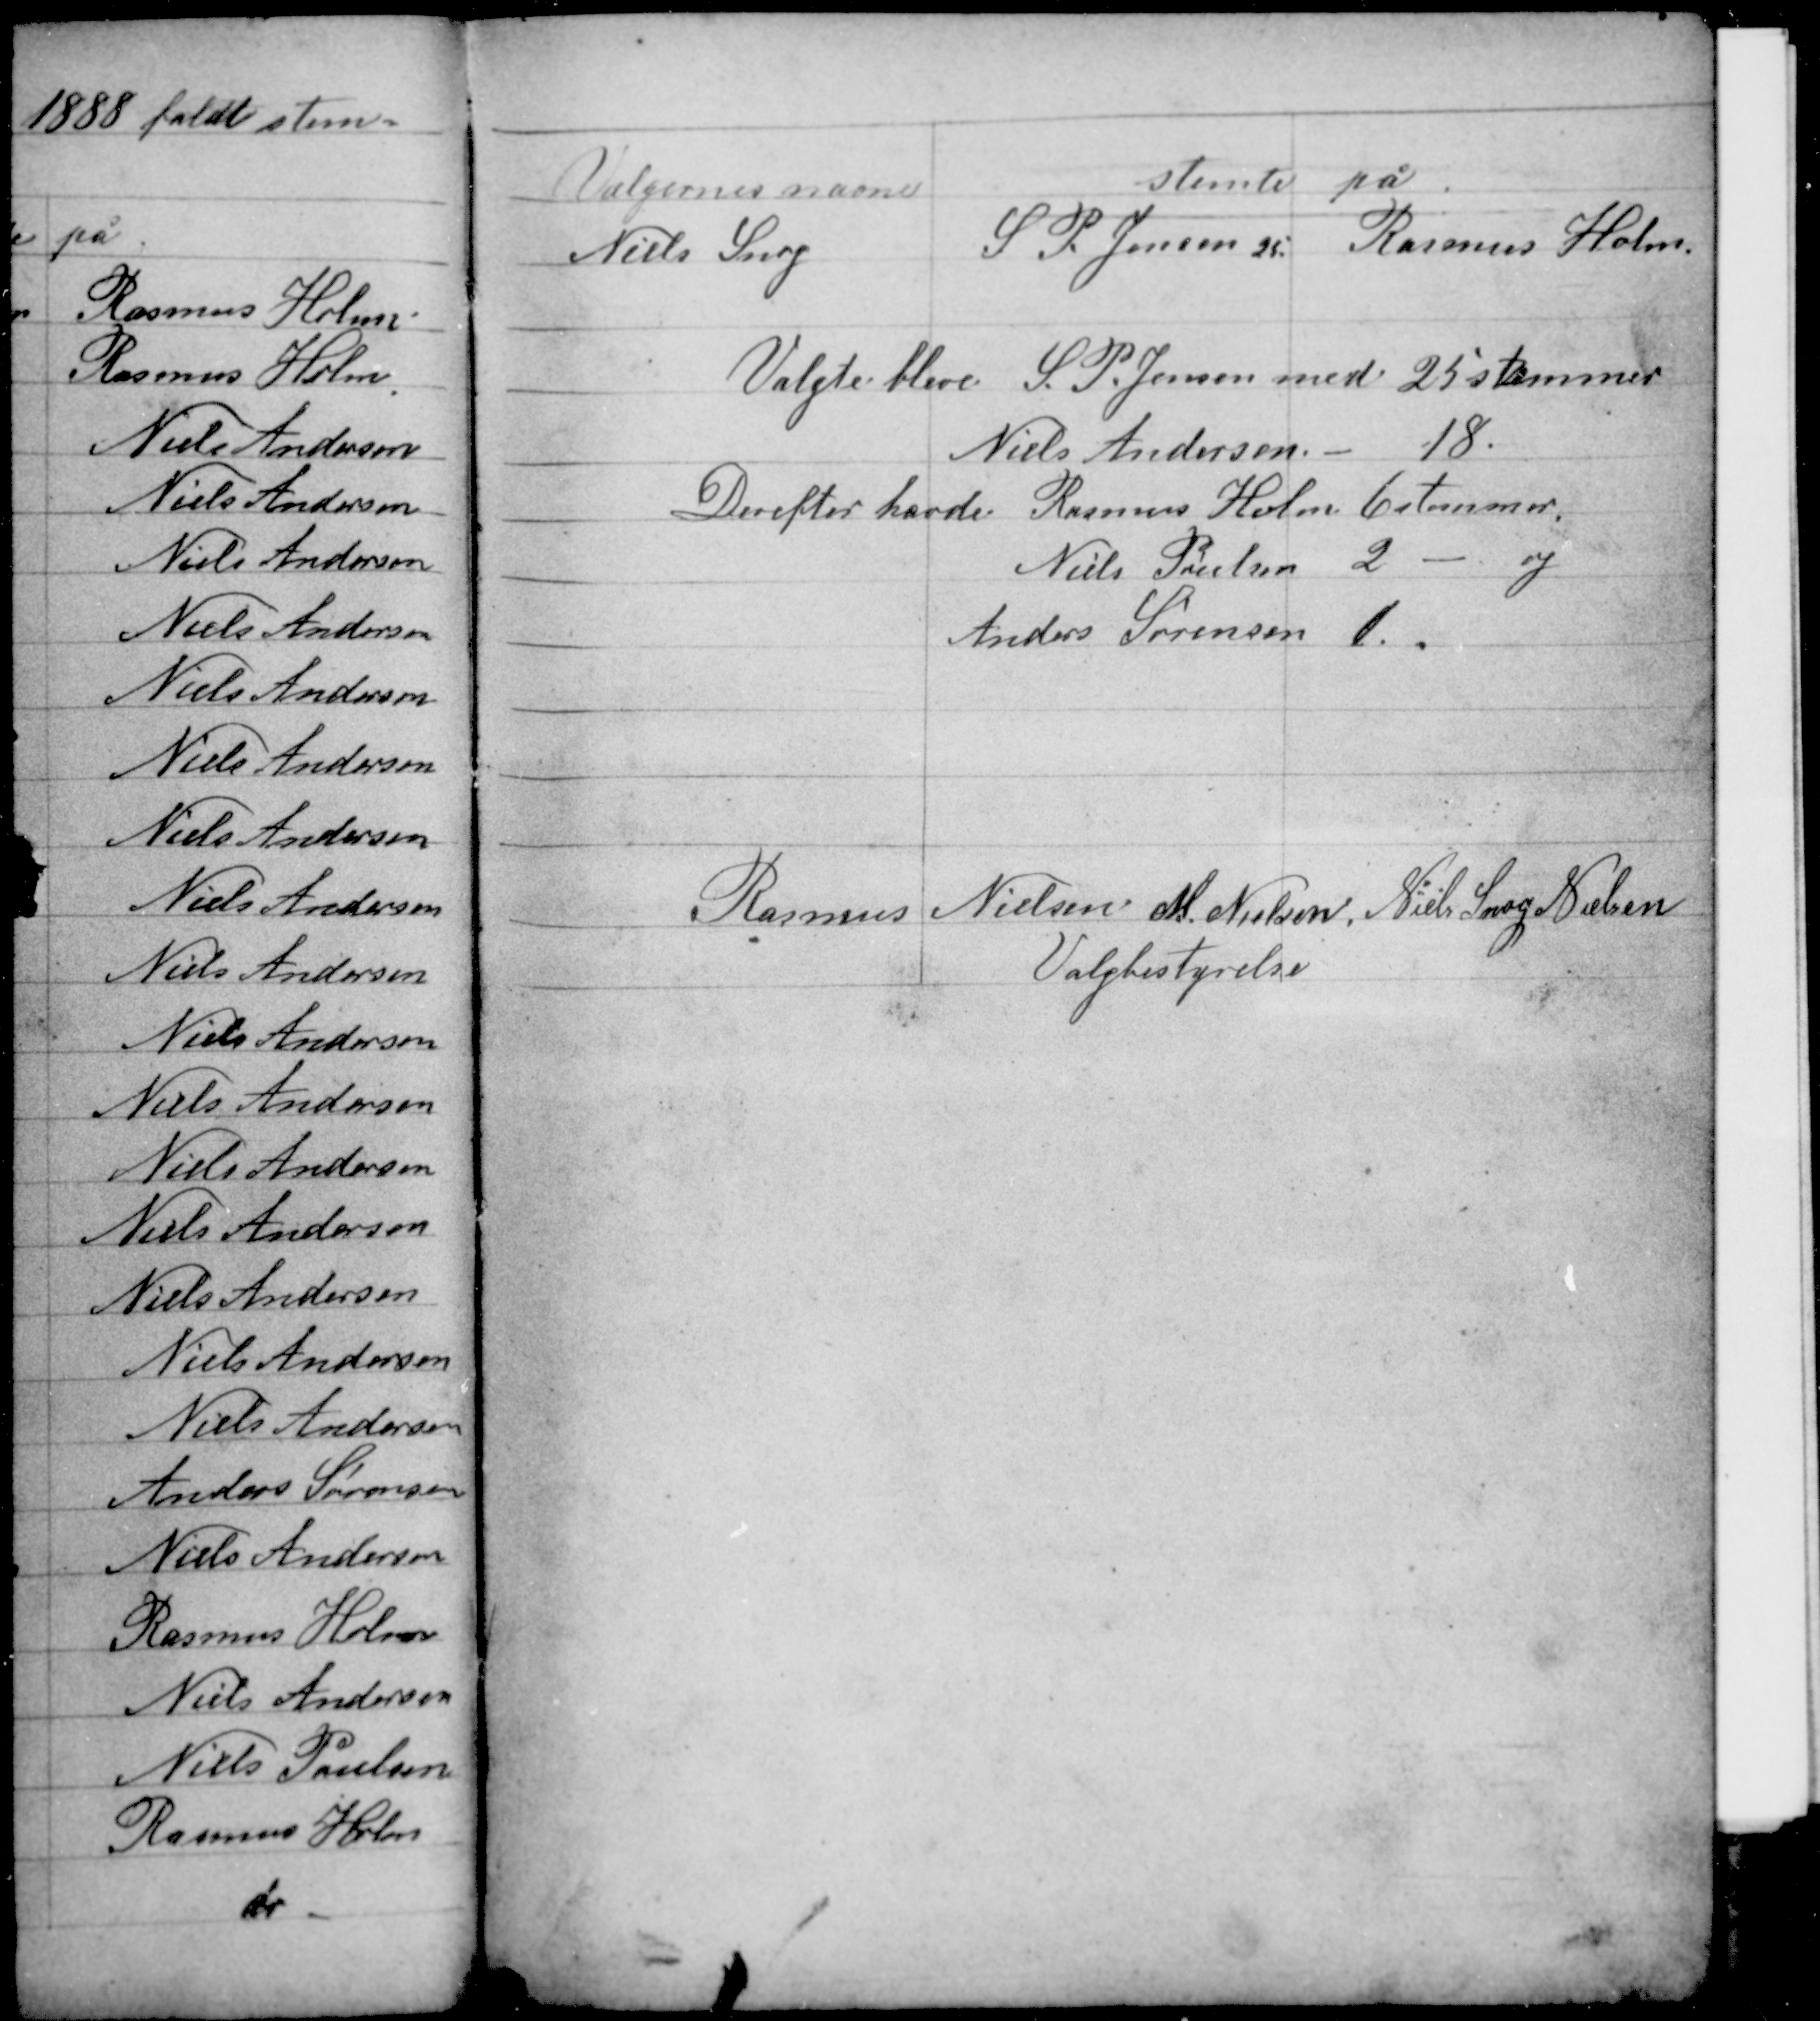
Transskription:
Valgte bleve S. P. Jensen med 25 stemmer
Niels Andersen - 18
Derefter havde Rasmus Holm 6 stemmer
Niels Poulsen 2 - og
Anders Sørensen 1.

Rasmus Nielsen M. Nielsen Niels Snog Nielsen
Valgbestyrelse